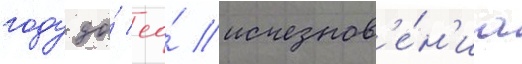
году до́ ео́ исчезнов'е́н'иа